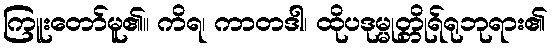
ကြူးတော်မူ၏။ ကိရ၊ ကာတဒါ၊ ထိုပဒုမ္မုတ္တိုရ်ရုဘုရား၏